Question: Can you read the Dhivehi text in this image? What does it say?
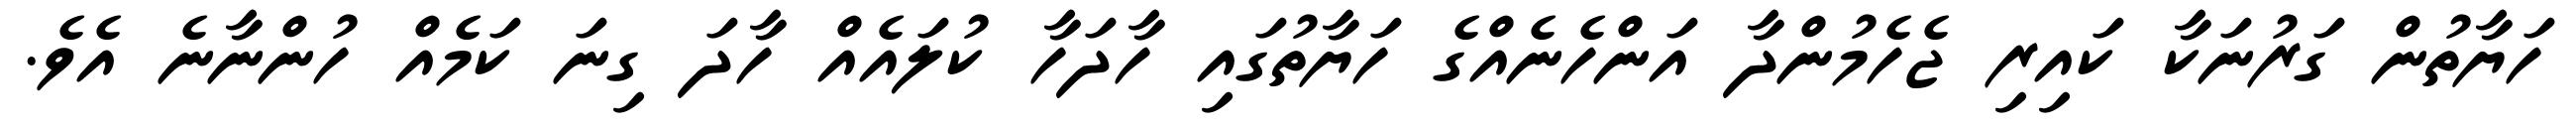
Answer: ހަޔާތުން ގަރުނަކާ ކައިރި ޖެހެމުންދާ އަންހެނެއްގެ ހަޔާތުގައި ހާދަހާ ކުލައެއް ހާދަ ގިނަ ކަމެއް ހުންނާނެ އެވެ.